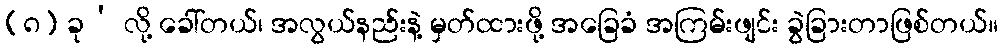
(၈) ခု’ လို့ ခေါ်တယ်၊ အလွယ်နည်းနဲ့ မှတ်ထားဖို့ အခြေခံ အကြမ်းဖျင်း ခွဲခြားတာဖြစ်တယ်။